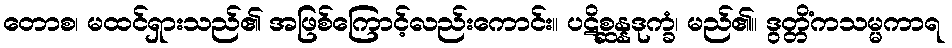
တောစ၊ မထင်ရှားသည်၏ အဖြစ်ကြောင့်လည်းကောင်း။ ပဋိစ္ဆန္နဒုက္ခံ၊ မည်၏။ ဒွတ္တိံကသမ္မကာရ